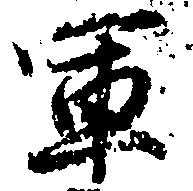
軍